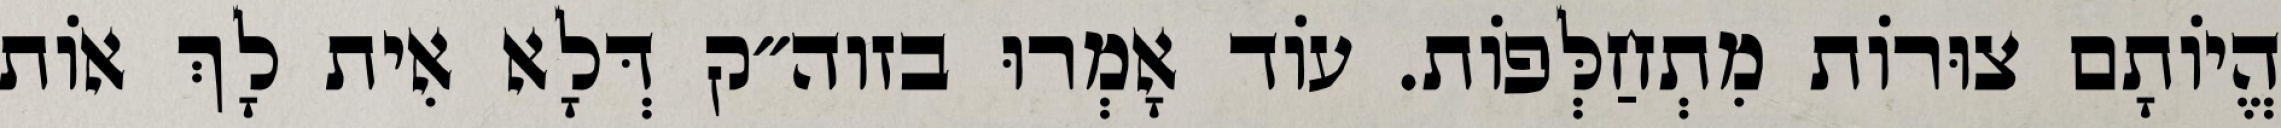
הֱיוֹתָם צוּרוֹת מִתְחַלְּפוֹת. עוֹד אָמְרוּ בזוה״ק דְּלָא אִית לָךְ אוֹת